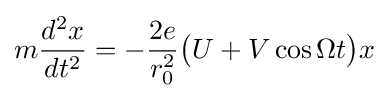
m{\frac {d^{2}x}{dt^{2}}}=-{\frac {2e}{r_{0}^{2}}}{\big (}U+V\cos \Omega t{\big )}x